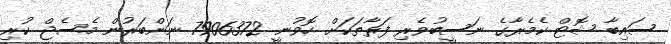
ސައިބާ ޝޮޓް ކެމެރާގެ ނަސީބުވެރި ފަރާތަކަށް ހޮވުނީ 7906372 ނަންބަރުން މެސެޖް ކުރި